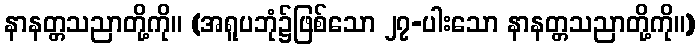
နာနတ္တသညာတို့ကို။ (အရူပဘုံ၌ဖြစ်သော ၂၇-ပါးသော နာနတ္တသညာတို့ကို။)